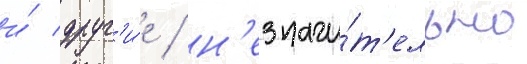
и́ друг'и́е / н'езначи́т'ельно